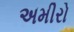
અમીરો